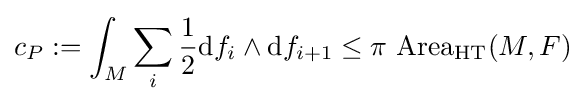
c_{P}:=\int _{M}\sum _{i}{\frac {1}{2}}\mathrm {d} f_{i}\wedge \mathrm {d} f_{i+1}\leq \pi \,\operatorname {Area} _{\mathrm {HT} }(M,F)